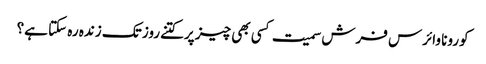
کورونا وائرس فرش سمیت کسی بھی چیز پرکتنےروز تک زندہ رہ سکتا ہے؟